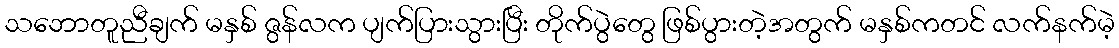
သဘောတူညီချက် မနှစ် ဇွန်လက ပျက်ပြားသွားပြီး တိုက်ပွဲတွေ ဖြစ်ပွားတဲ့အတွက် မနှစ်ကတင် လက်နက်မဲ့